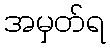
အမှတ်ရ